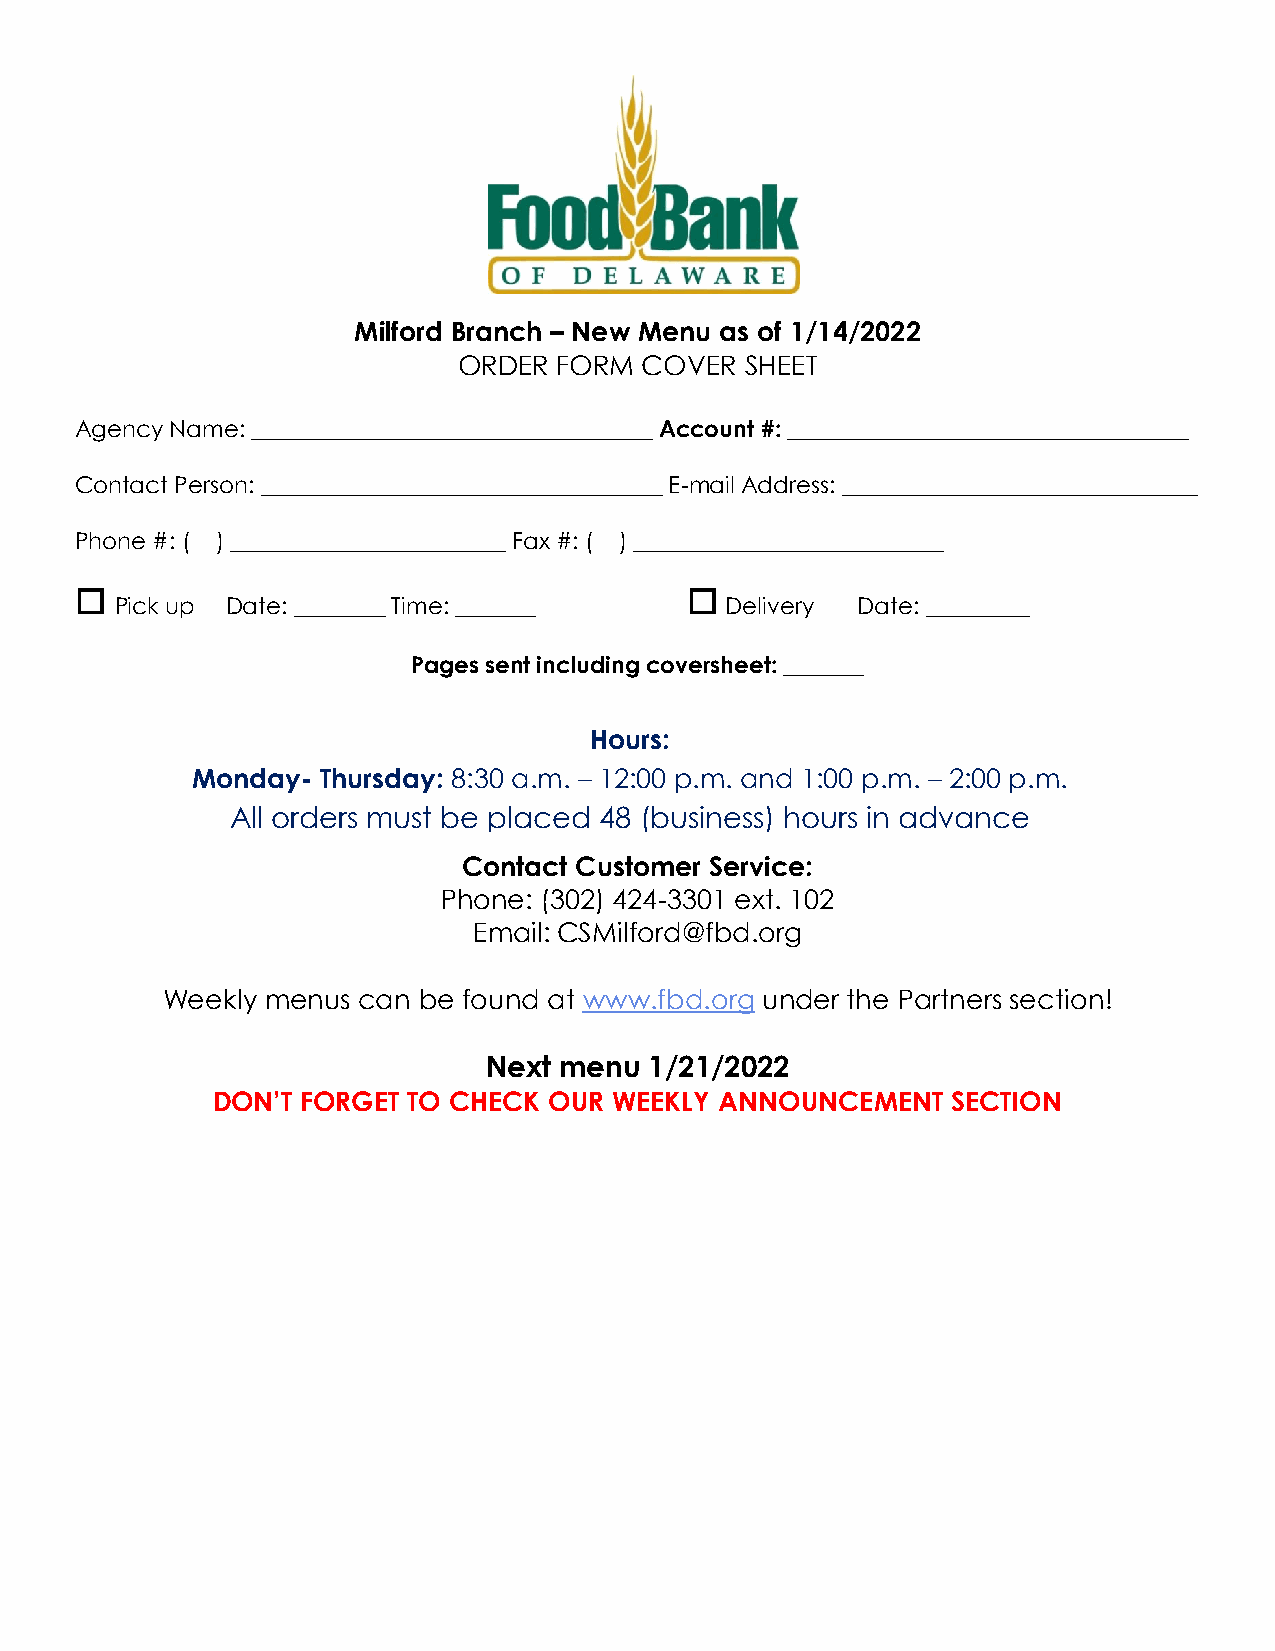
Milford Branch – New Menu as of 1/14/2022
 ORDER  FORM COVER  SHEET
 Agency Name: ___________________________________ Account #: ___________________________________
 Contact Person: ___________________________________ E-mail Address: _______________________________
 Phone #: ( ) ________________________ Fax #: ( ) ___________________________
 
 Pick up Date: ________ Time: _______
 
 Delivery Date: _________
 Pages sent including coversheet: _______
 Hours:
 Monday- Thursday: 8:30 a.m. – 12:00 p.m. and 1:00 p.m. – 2:00 p.m.
 All orders must be placed 48 (business) hours in advance
 Contact Customer Service:
 Phone: (302) 424-3301 ext. 102
 Email: CSMilford@fbd.org
 Weekly menus can be found at www.fbd.org under the Partners section!
 Next menu  1/21/2022
 DON’T FORGET TO CHECK OUR  WEEKLY ANNOUNCEMENT   SECTION